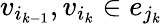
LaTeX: v_{i_{k-1}},v_{i_{k}}\in e_{j_{k}}